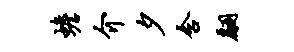
蟾介夕含翩